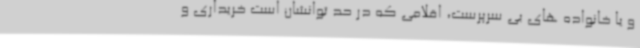
و یا خانواده های بی سرپرست، اقلامی که در حد توانشان است خریداری و